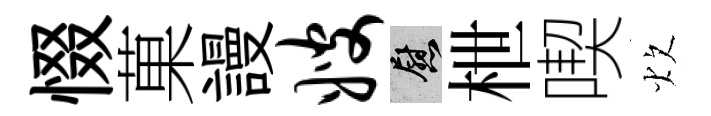
惙菓謾嫂慰枻喫炊